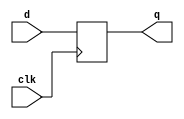
// ------------------------------
// Guia 12
// Nome: Mariana Ramos de Brito
// ------------------------------


// -----------------------------------------------
// --- registrador de deslocamento para a esquerda
// -----------------------------------------------

module flipflopD ( q, d, clk );

	output q;
	input  d;
	input  clk;

	reg    q = 0;	

	always @( posedge clk )
	begin
		q <= d;			
	end // always borda de subida do clock

endmodule // flipflopD



module teste_numero04;

	reg   clk, x;
	wire  q1, q2, q3, q4, q5;
	
	// definir flipflops
	flipflopD FLIP1 (q5, x, clk);
	flipflopD FLIP2 (q4, q5, clk);
	flipflopD FLIP3 (q3, q4, clk);
	flipflopD FLIP4 (q2, q3, clk);
	flipflopD FLIP5 (q1, q2, clk);

	initial
	begin
		$display ( "Guia 12 - Mariana Ramos de Brito - 405820\nNumero 04: registrador de deslocamento para a esquerda.\n\nTempo\tX\tA\tB\tC\tD\tE" );

	// initial values
		clk = 1;
		x = 1;

	// input signal changing
		#10  x = 0;
		#10  x = 0;
		#10  x = 0;
		#10  x = 0;
		
		#5 $finish;
	
	end // initial

	always
		#5 clk = ~clk;

	always @( negedge clk )
	begin
		$display ( "%4d\t\t%b\t%b\t%b\t%b\t%b\t%b", $time, x, q1, q2, q3, q4, q5 );
	end // always at positive edge clocking changing

endmodule // teste_numero04